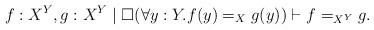
LaTeX: \begin{align*}f: X^Y , g : X ^Y \mid \Box(\forall y : Y . f(y) =_X g(y)) \vdash f =_{X^Y} g.\end{align*}